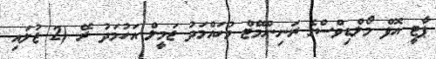
ޕާޓީ އޮފް މޯލްޑިވްސްގެ ރަނިންމޭޓް މުހައްމަދު ޖަމީލް އަހުމަދު ރޭ (2 ޖުލައި